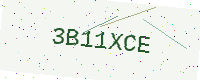
Text: 3B11XCE